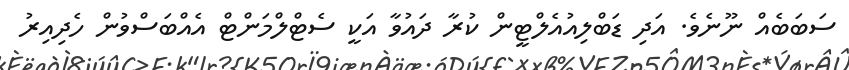
ސަބަބެއް ނޫނެވެ. އަދި ޑަބްލިއުއެލްޓީން ކުރާ ދައުވާ އަކީ ސެޓްލްމަންޓް އެއްބަސްވުން ހެދިއިރު